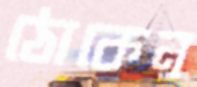
ঠোকেন